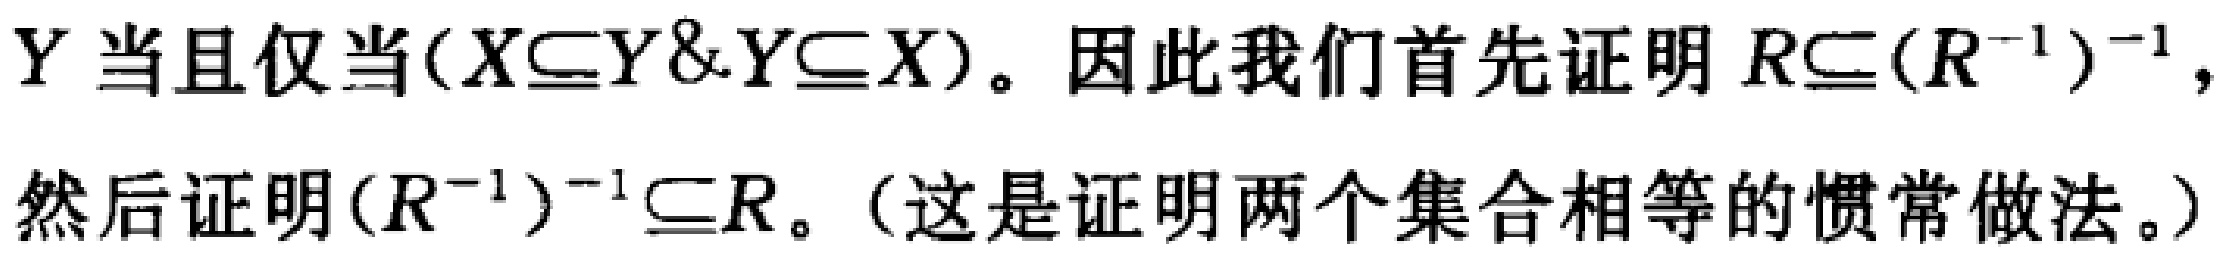
$Y$当且仅当$(X\subseteq Y\&Y\subseteq X)$。因此我们首先证明$R\subseteq (R^{-1})^{-1}$，然后证明$(R^{-1})^{-1}\subseteq R$。（这是证明两个集合相等的惯常做法。）